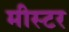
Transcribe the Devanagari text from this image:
मीस्टर